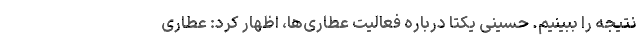
نتیجه را ببینیم. حسینی یکتا درباره فعالیت عطاری‌ها، اظهار کرد: عطاری